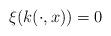
LaTeX: \begin{align*}\xi(k(\cdot,x)) = 0\end{align*}